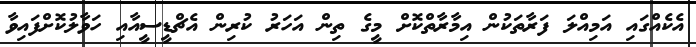
އެކެއްގައި އަމިއްލަ ފަރާތަކުން އިމާރާތްކޮށް މީގެ ތިން އަހަރު ކުރިން އެޗްޑީސީއާއި ހަވާލުކޮށްފައިވާ